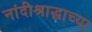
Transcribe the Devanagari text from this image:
नांदीश्राद्धाच्या